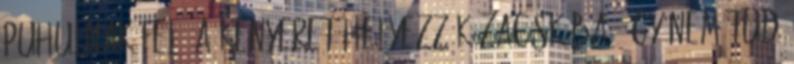
puhulnak fel. A kenyeret helyezzük zacskóba, így nem tud